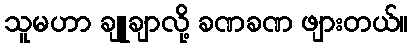
သူမဟာ ချူချာလို့ ခဏခဏ ဖျားတယ်။